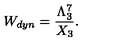
W _ { d y n } = { \frac { \Lambda _ { 3 } ^ { 7 } } { X _ { 3 } } } .